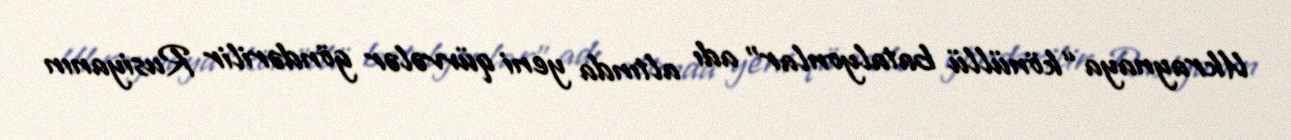
Ukraynaya “könüllü batalyonlar” adı altında yeni qüvvələr göndərilir Rusiyanın